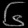
Digit: ၆